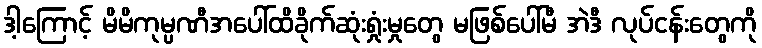
ဒါ့ကြောင့် မိမိကုမ္ပဏီအပေါ်ထိခိုက်ဆုံးရှုံးမှုတွေ မဖြစ်ပေါ်မီ အဲဒီ လုပ်ငန်းတွေကို